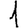
Digit: 1